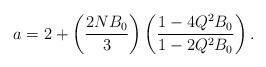
LaTeX: \begin{align*}a = 2 + \left( \frac{2 N B_0}{3} \right) \left( \frac{1 - 4 Q^2 B_0}{1 - 2 Q^2 B_0} \right).\end{align*}